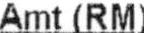
AMT(RM)